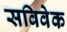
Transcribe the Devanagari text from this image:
सविवेक